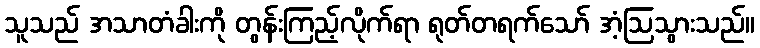
သူသည် အသာတံခါးကို တွန်းကြည့်လိုက်ရာ ရုတ်တရက်သော် အံ့ဩသွားသည်။